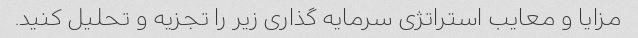
مزایا و معایب استراتژی سرمایه گذاری زیر را تجزیه و تحلیل کنید.